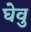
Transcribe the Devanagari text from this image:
घेवु